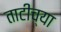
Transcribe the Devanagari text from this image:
ताटीच्या